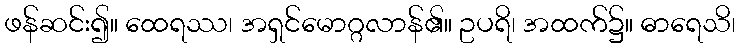
ဖန်ဆင်း၍။ ထေရဿ၊ အရှင်မောဂ္ဂလာန်၏။ ဥပရိ၊ အထက်၌။ ဓာရေသိ၊